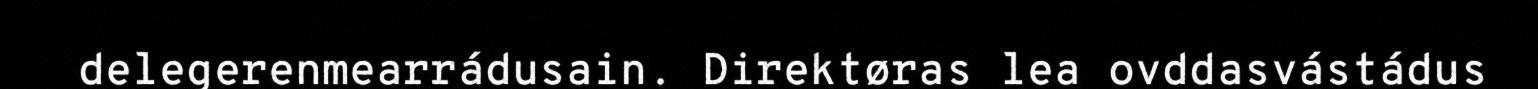
delegerenmearrádusain. Direktøras lea ovddasvástádus